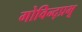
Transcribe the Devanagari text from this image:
गोविन्द्प्रभू